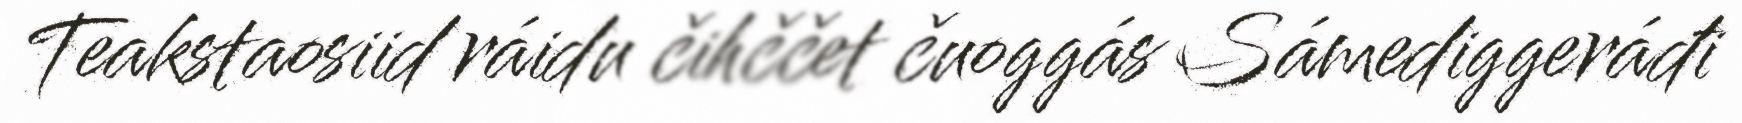
Teakstaosiid ráidu čihččet čuoggás Sámediggeráđi